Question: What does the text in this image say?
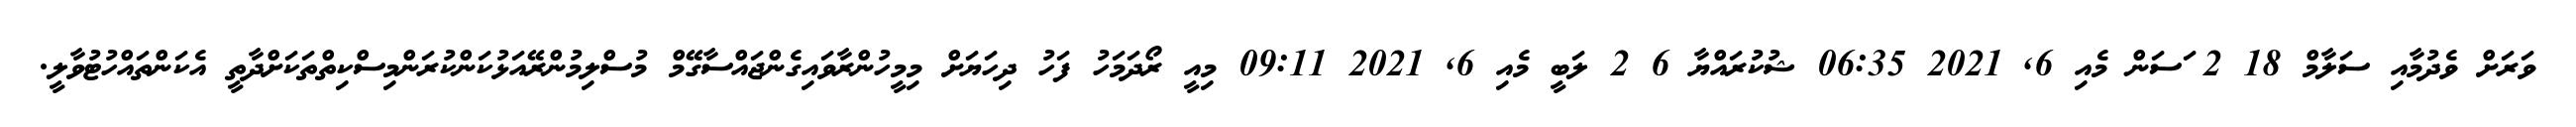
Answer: ވަރަށް ވެދުމާއި ސަލާމް 18 2 ަސަން މެއި 6, 2021 06:35 ޝުކުރައްޔާ 6 2 ލަބީ މެއި 6, 2021 09:11 މިއީ ރޯދަމަހު ފަހު ދިހަޔަށް މިމީހުންރާވައިގެންޖައްސާގޭމް މުސްލިމުންރޭއަޅުކަންކުރަންމިސްކިތްތަކަށްދާތީ އެކަންތައްހުޓުވާލީ.